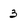
Character: 3